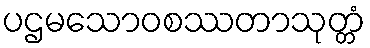
ပဌမသောဝစဿတာသုတ္တံ